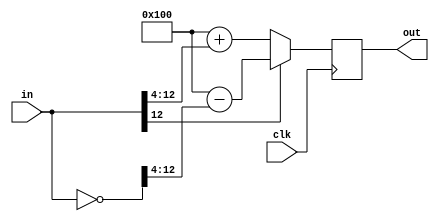
module Scale(             //-4096~4095 (12bits) ->  0~511 (9bits)
	input			[12:0] in,
	input					 clk,
	output reg	[8:0]  out
);

always@(negedge clk)
begin
		if(!in[12]) out<=256+(in>>4);
		else			out<=256-(~in>>4);
end
endmodule